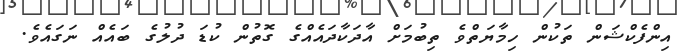
އިންފެކްޝަން ތަކުން ހިމާޔަތްވެ ތިބުމަށް އާދަކާދައެއްގެ ގޮތުން ކުޑަ ދުލުގެ ބައެއް ނަގައެވެ.